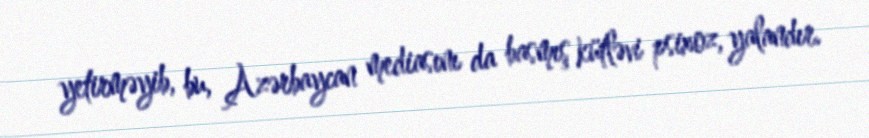
yetirməyib, bu, Azərbaycan mediasını da basmış kütləvi psixoz, yalandır.